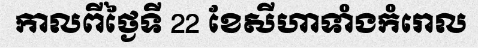
កាលពីថ្ងៃទី 22 ខែសីហាទាំងកំរោល